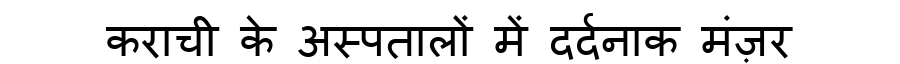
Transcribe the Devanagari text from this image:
कराची के अस्पतालों में दर्दनाक मंज़र